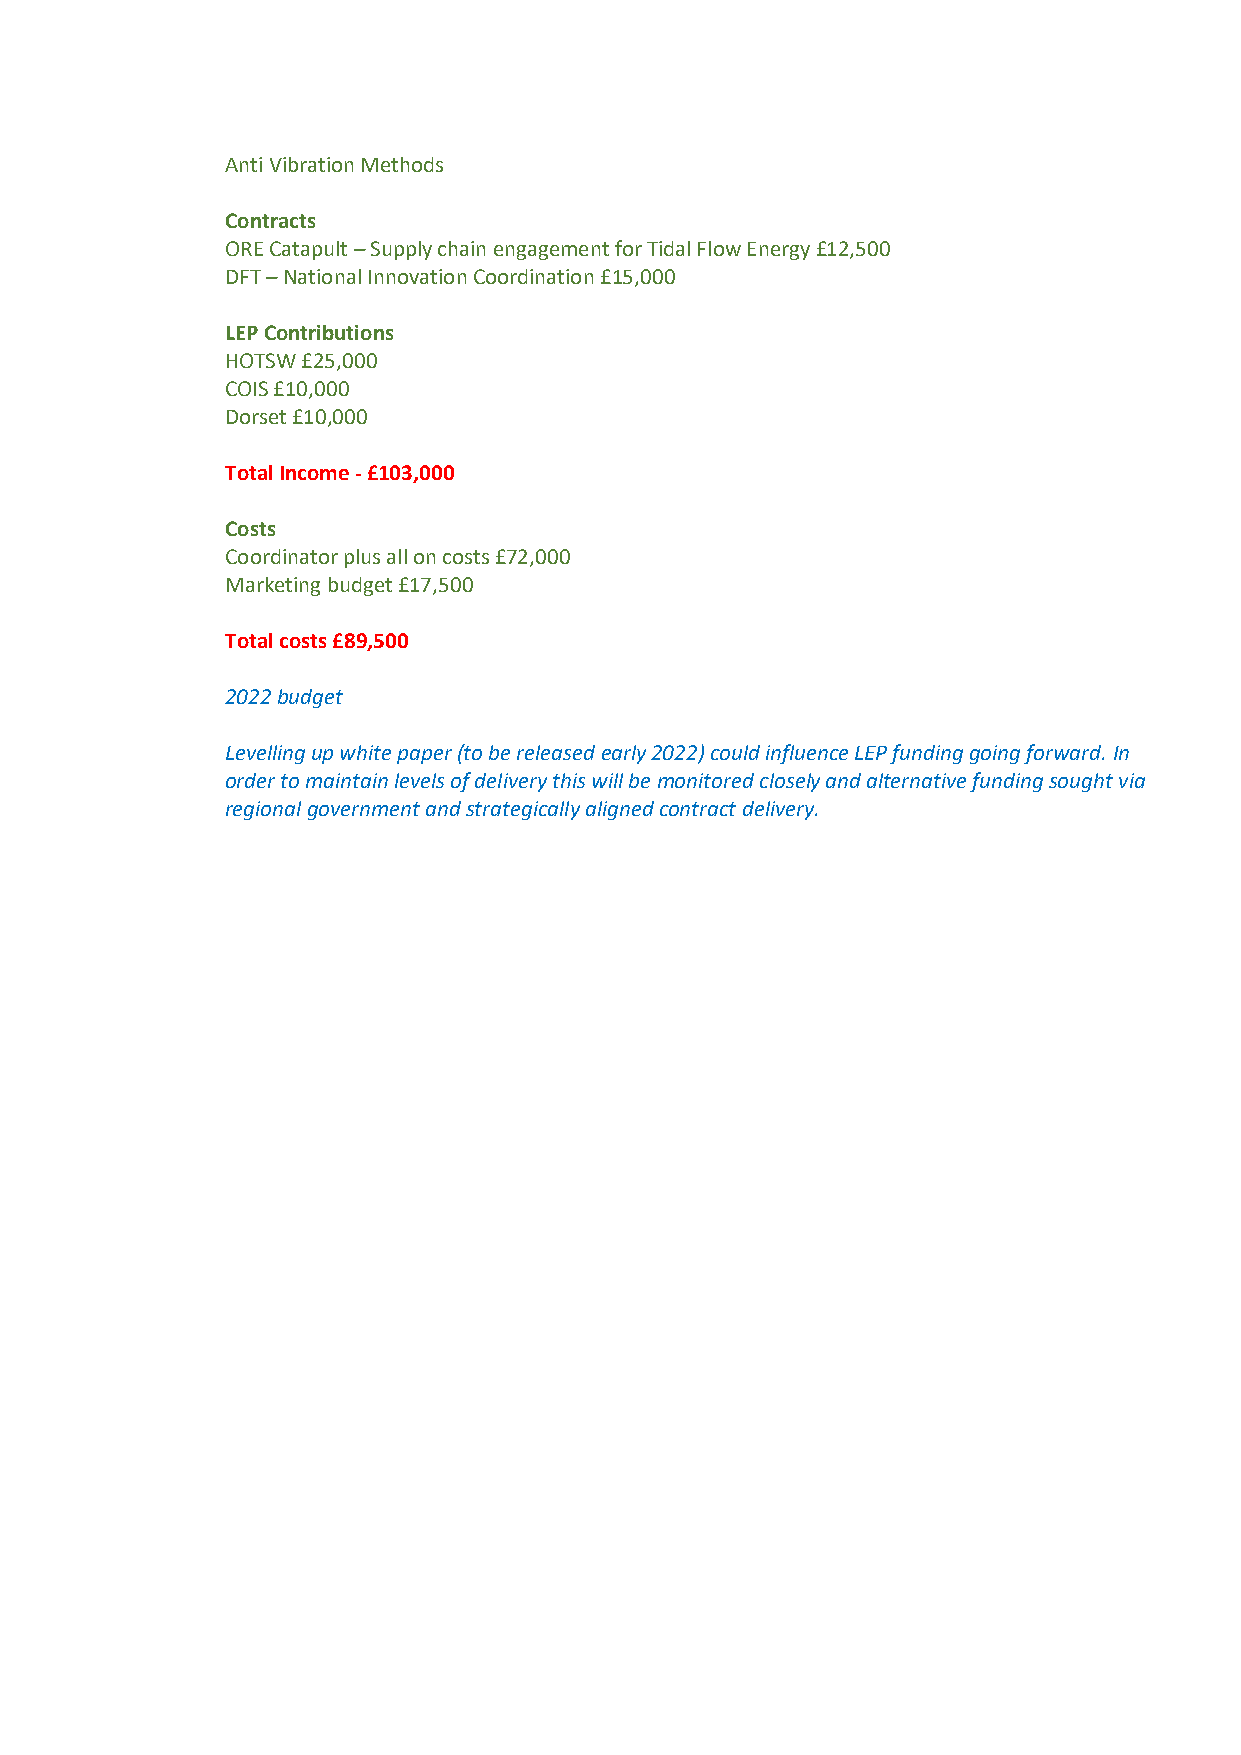
Anti Vibration Methods
 Contracts
 ORE Catapult – Supply chain engagement for Tidal Flow Energy £12,500
 DFT – National Innovation Coordination £15,000
 LEP Contributions
 HOTSW £25,000
 COIS £10,000
 Dorset £10,000
 Total Income - £103,000
 Costs
 Coordinator plus all on costs £72,000
 Marketing budget £17,500
 Total costs £89,500
 2022 budget
 Levelling up white paper (to be released early 2022) could influence LEP funding going forward. In
 order to maintain levels of delivery this will be monitored closely and alternative funding sought via
 regional government and strategically aligned contract delivery.